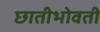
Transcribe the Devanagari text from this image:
छातीभोवती